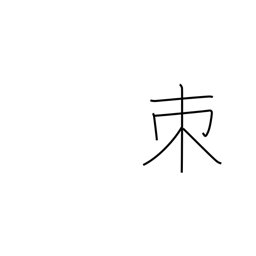
Meaning: thorn